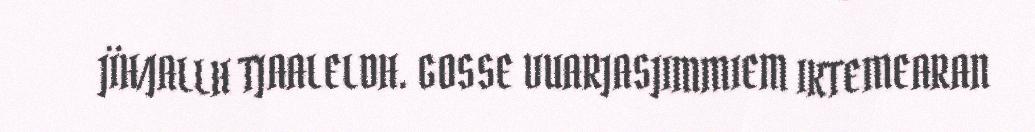
JÏH/JALLH TJAALELDH. GOSSE VUARJASJIMMIEM IKTEMEARAN